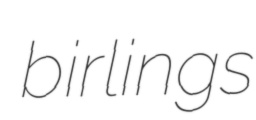
birlings